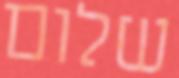
שלום